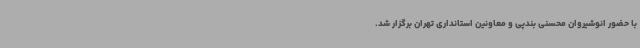
با حضور انوشیروان محسنی بندپی و معاونین استانداری تهران برگزار شد.